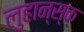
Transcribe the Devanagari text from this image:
लुहान्स्क